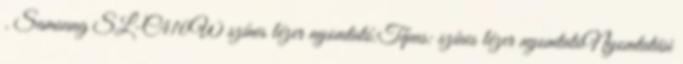
. Samsung SL-C410W színes lézer nyomtató:Típus: színes lézer nyomtatóNyomtatási